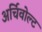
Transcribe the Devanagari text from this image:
अर्चिवोल्ट